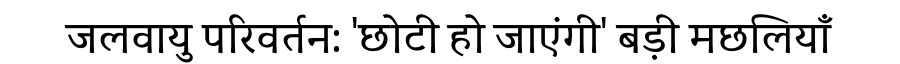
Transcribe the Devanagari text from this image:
जलवायु परिवर्तन: 'छोटी हो जाएंगी' बड़ी मछलियाँ